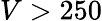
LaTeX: V>250